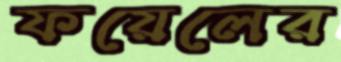
ফয়েলের